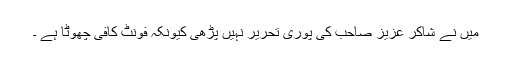
میں نے شاکر عزیز صاحب کی پوری تحریر نہیں پڑھی کیونکہ فونٹ کافی چھوٹا ہے ۔